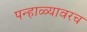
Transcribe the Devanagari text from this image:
पन्हाळ्यावरच